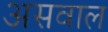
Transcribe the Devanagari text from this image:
असवाल